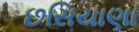
છસિયાણા